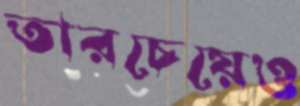
তারচেয়েও